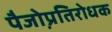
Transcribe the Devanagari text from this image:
पैजो़प्रतिरोधक